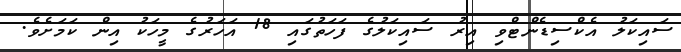
ސައިކަލު އެކްސިޑެންޓްވި އިރު ސައިކަލުގެ ފަހަތުގައި 18 އަހަރުގެ މީހަކު އިން ކަމަށެވެ.